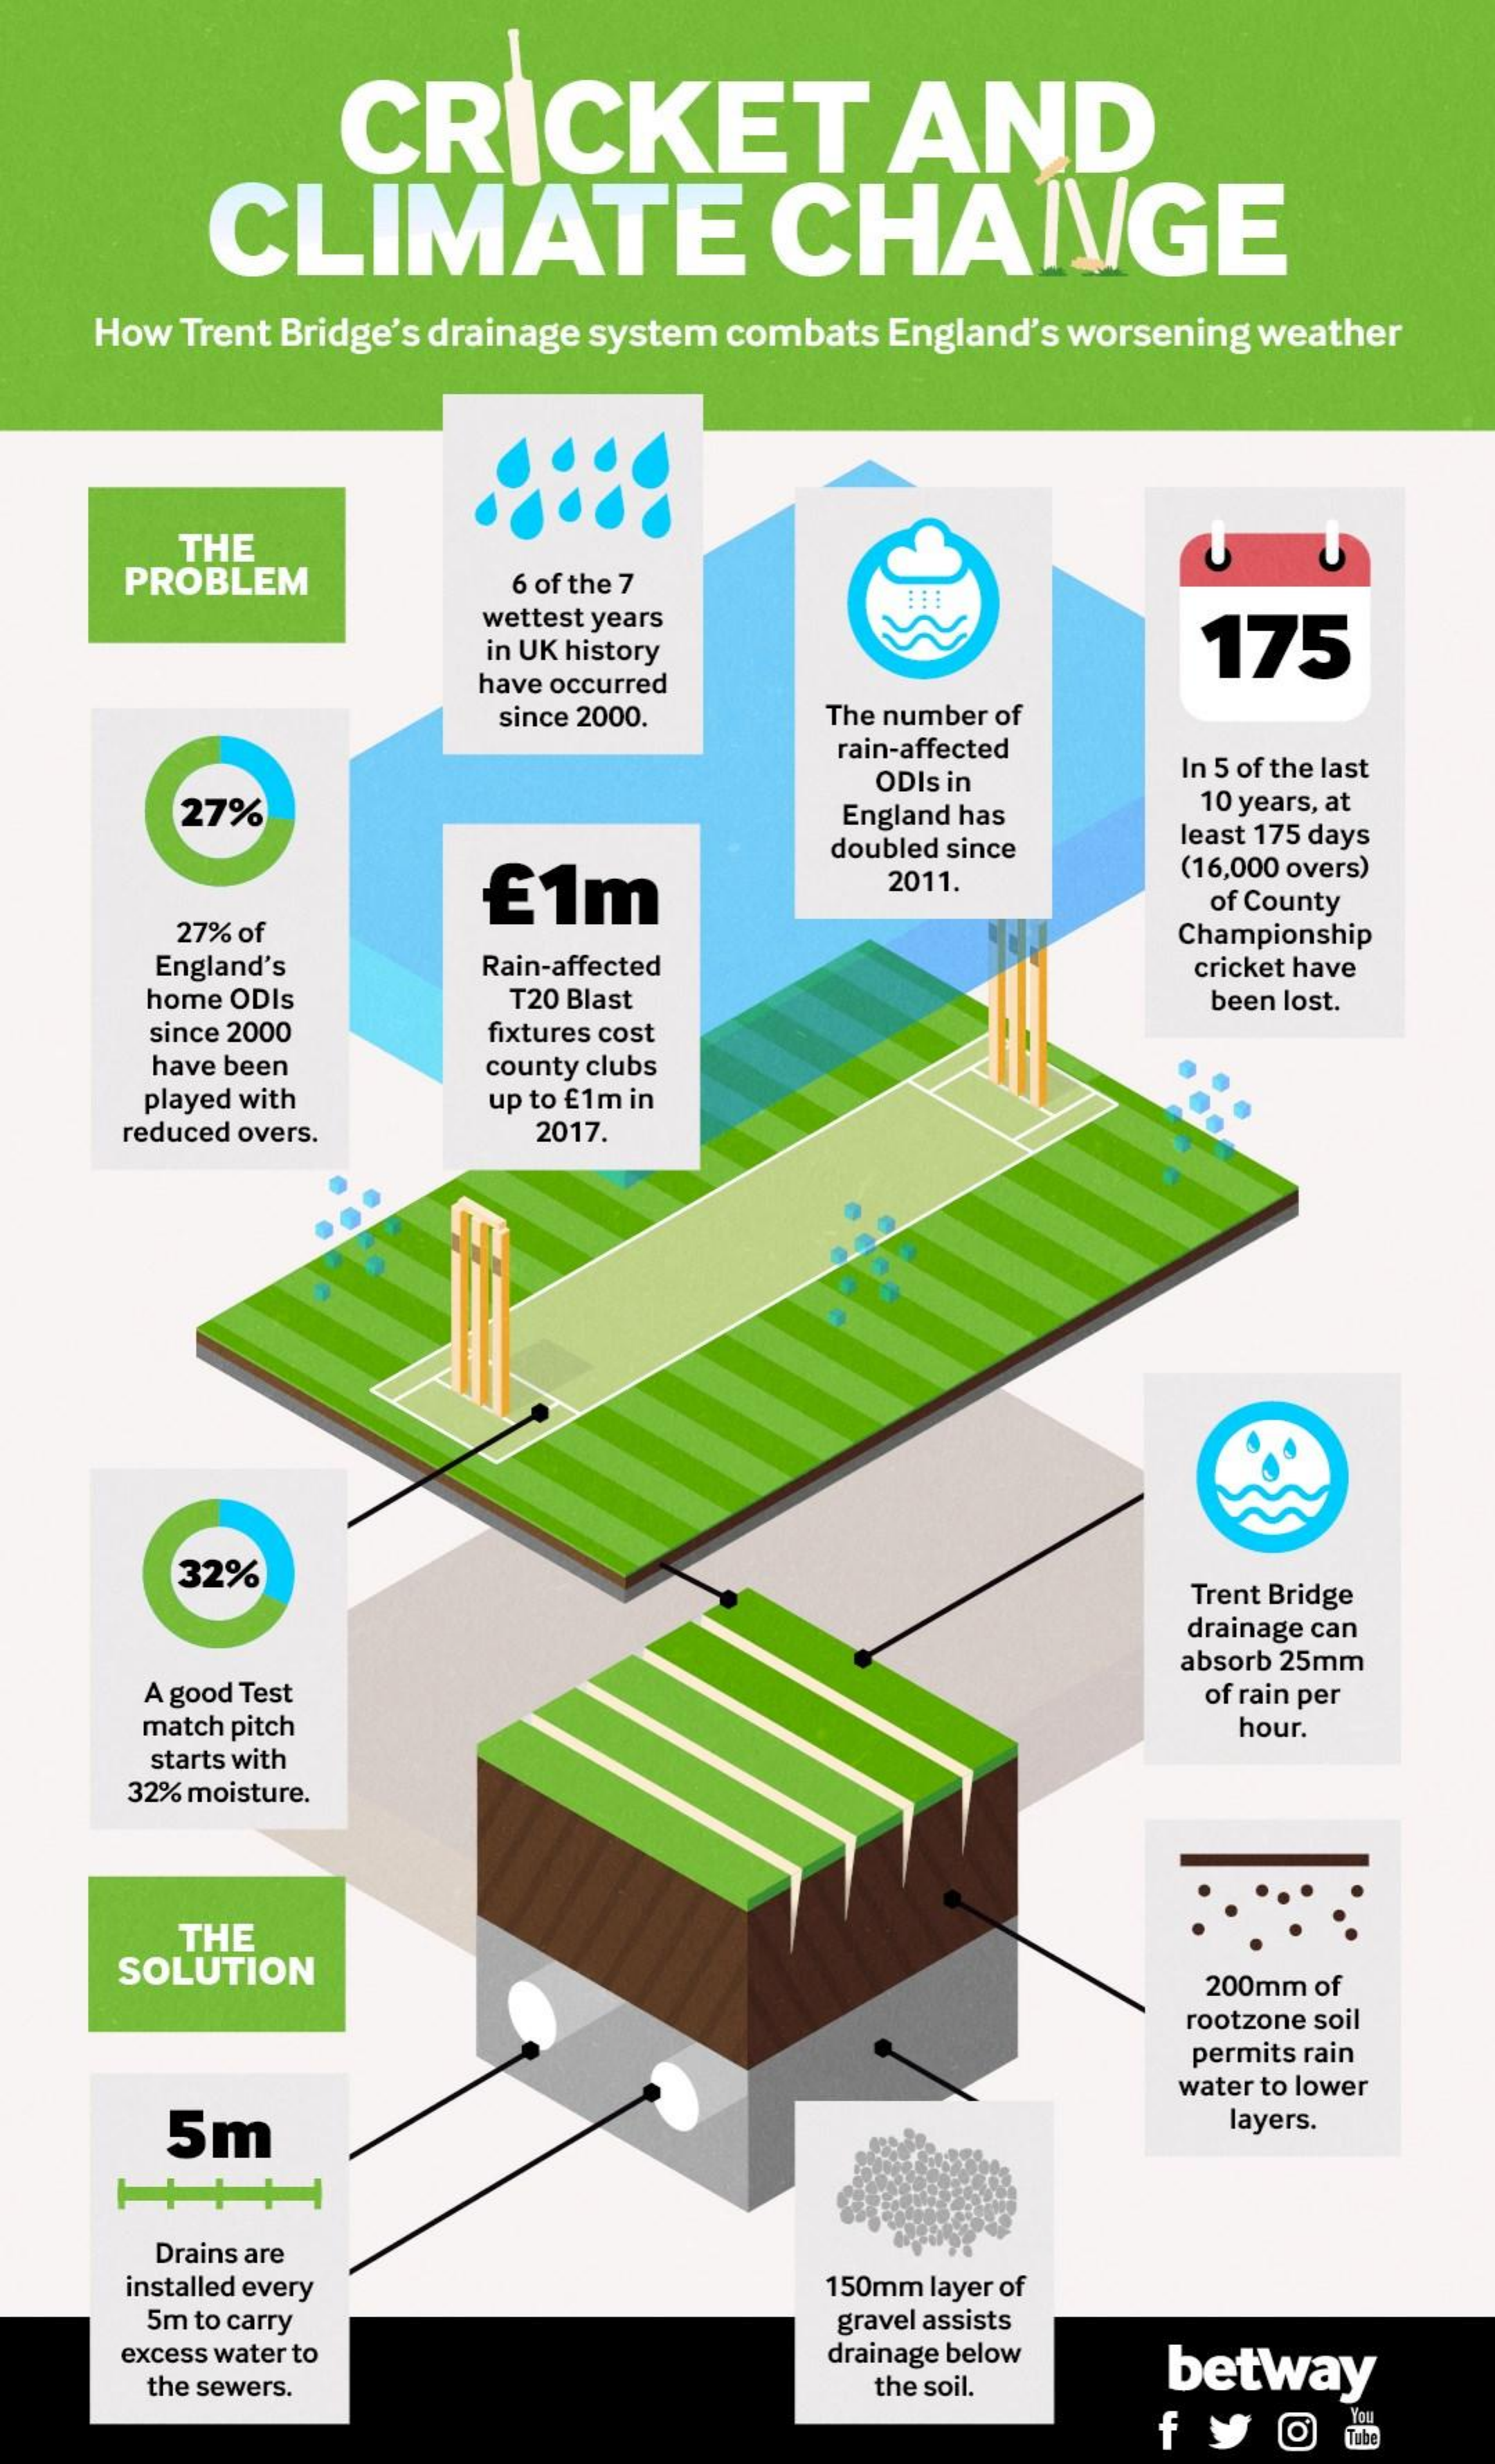
CRICKET    AND
     CLIMATE    CHANGE
     How Trent Bridge's drainage system combats England's worsening weather
     THE
     PROBLEM    6 of the 7
     wettest years
     in UK history    175
     have occurred
     since 2000.    The number of
     rain-affected
     ODIs in
     In 5 of the last
     27%    England has    10 years, at
     doubled since
     least 175 days
     £1m    2011.    (16,000 overs)
     of County
     27% of    Championship
     England's    Rain-affected    cricket have
     home ODIs    T20 Blast    been lost.
     since 2000    fixtures cost
     have been    county clubs
     played with    up to £1m in
     reduced overs.    2017.
     32%
     Trent Bridge
     drainage can
     absorb 25mm
     A good Test    of rain per
     match pitch    hour.
     starts with
     32% moisture.
     THE
     SOLUTION
     200mm of
     rootzone soil
     permits rain
     water to lower
     5m    layers.
     Drains are
     installed every    150mm layer of
     5m to carry    gravel assists
     excess water to    drainage below
     betway
     the sewers.    the soil.
     f
     You
     Tube